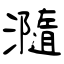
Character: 瀡